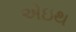
એઇથ